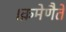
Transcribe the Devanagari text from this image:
।क्रमेणैते